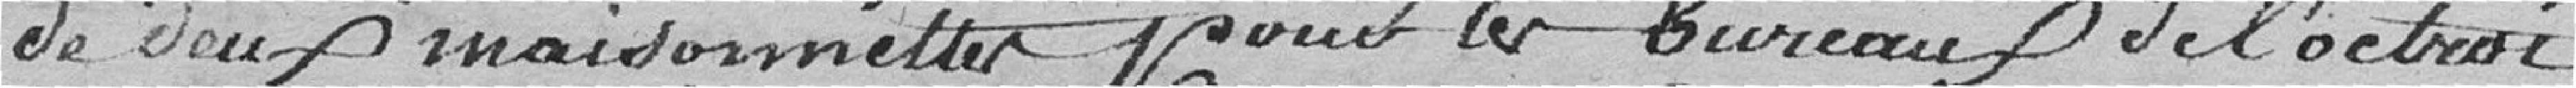
de deux maisonnettes pour les bureaux de l'octroi